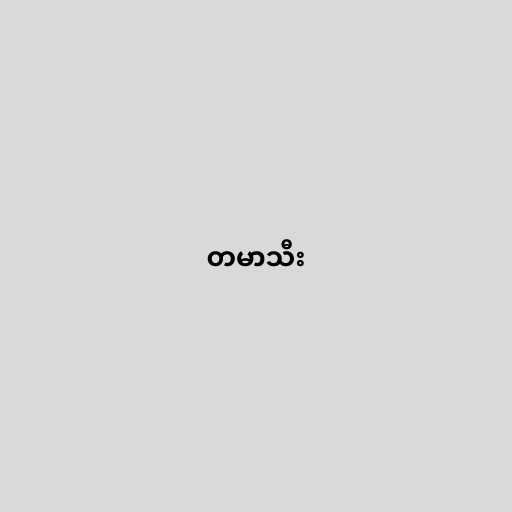
တမာသီး